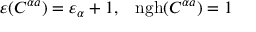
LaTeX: \varepsilon ( C ^ { \alpha a } ) = \varepsilon _ { \alpha } + 1 , \; \; \; \mathrm { n g h } ( C ^ { \alpha a } ) = 1